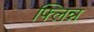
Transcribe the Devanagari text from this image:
फ्लिन्न